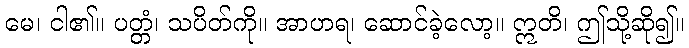
မေ၊ ငါ၏။ ပတ္တံ၊ သပိတ်ကို။ အာဟရ၊ ဆောင်ခဲ့လော့။ ဣတိ၊ ဤသို့ဆို၍။